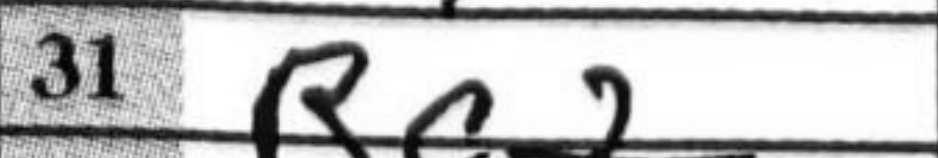
Transcription: Rc2